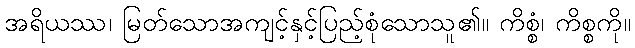
အရိယဿ၊ မြတ်သောအကျင့်နှင့်ပြည့်စုံသောသူ၏။ ကိစ္စံ၊ ကိစ္စကို။